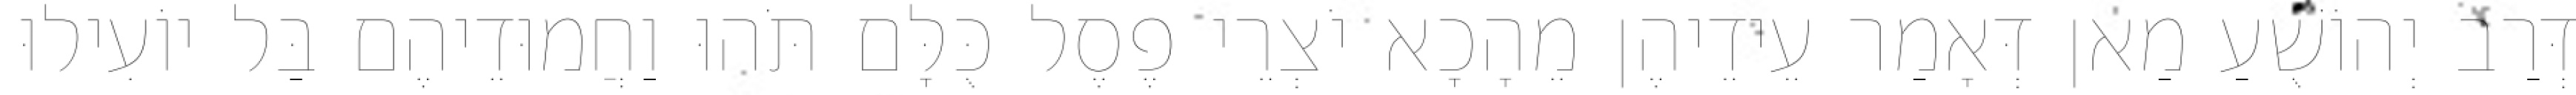
דְּרַב יְהוֹשֻׁעַ מַאן דְּאָמַר עֵידֵיהֶן מֵהָכָא יֹצְרֵי פֶסֶל כֻּלָּם תֹּהוּ וַחֲמוּדֵיהֶם בַּל יוֹעִילוּ